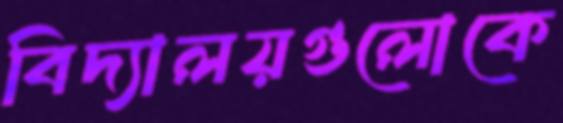
বিদ্যালয়গুলোকে